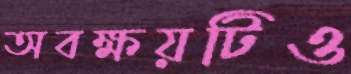
অবক্ষয়টিও